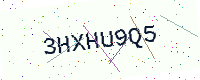
Text: 3HXHU9Q5